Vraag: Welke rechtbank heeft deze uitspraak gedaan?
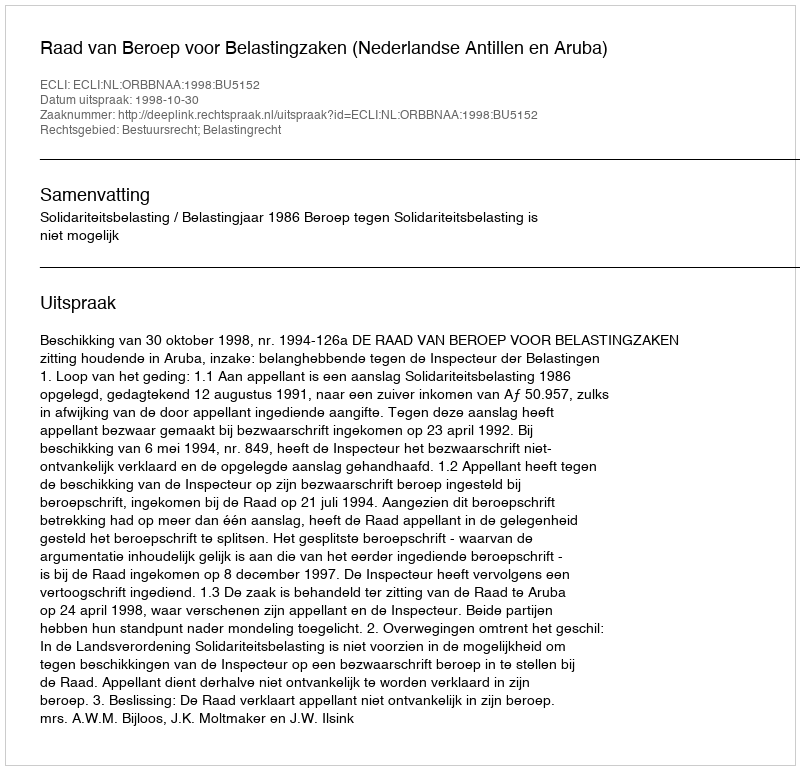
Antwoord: Raad van Beroep voor Belastingzaken (Nederlandse Antillen en Aruba)